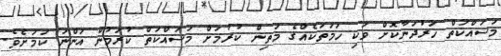
މަސައްކަތް ހަރުދަނާކޮށް ވަކި ހަމަތަކެއްގެ މަތިން ކުރުމަށް މަސައްކަތް ކުރަމުން އަންނަ ކަމަށެވެ.